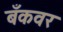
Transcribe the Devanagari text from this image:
बँकवर